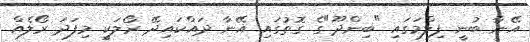
އޭނާ ބުނީ ފިލްމަގައި "ބިންދޫ"ގެ ގޮތުގައި އޭނާ ދައްކައިދޭ ރޯލަކީ މިފަދަ ރޯލެއް